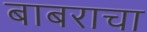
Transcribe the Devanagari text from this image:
बाबराचा